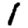
Digit: 1